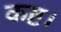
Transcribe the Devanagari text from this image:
कष्ट।